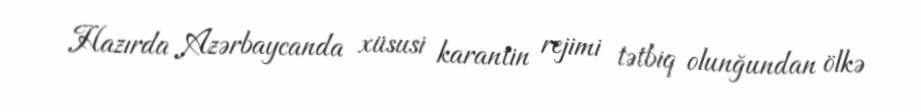
Hazırda Azərbaycanda xüsusi karantin rejimi tətbiq olunğundan ölkə